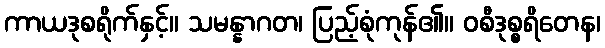
ကာယဒုစရိုက်နှင့်။ သမန္နာဂတ၊ ပြည့်စုံကုန်၏။ ဝစီဒုစ္စရိတေန၊